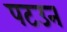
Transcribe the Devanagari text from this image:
पटउन